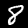
Label: 8